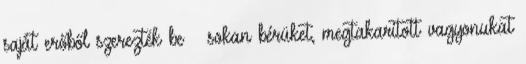
saját erőből szerezték be – sokan bérüket, megtakarított vagyonukat